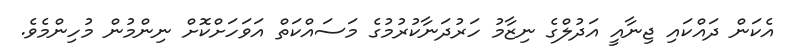
އެކަން ދައްކައި ޖިނާއީ އަދުލްގެ ނިޒާމު ހަރުދަނާކުރުމުގެ މަސައްކަތް އަވަހަށްކޮށް ނިންމުން މުހިންމެވެ.